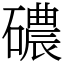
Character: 䃩